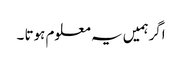
اگرہمیں یہ معلوم ہوتا ۔